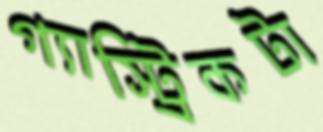
গ্যাস্ট্রিকটা